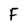
Character: F